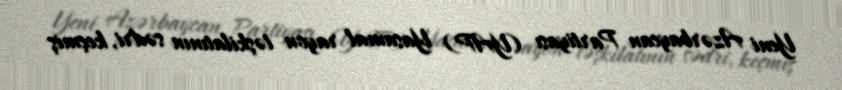
Yeni Azərbaycan Partiyası (YAP) Yasamal rayon təşkilatının sədri, keçmiş